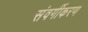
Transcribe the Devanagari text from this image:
संवर्गीकरण